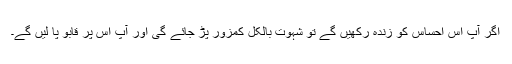
اگر آپ اس احساس کو زندہ رکھیں گے تو شہوت بالکل کمزور پڑ جائے گی اور آپ اس پر قابو پا لیں گے۔